Scottish Leaving Certificate Examination, 1961
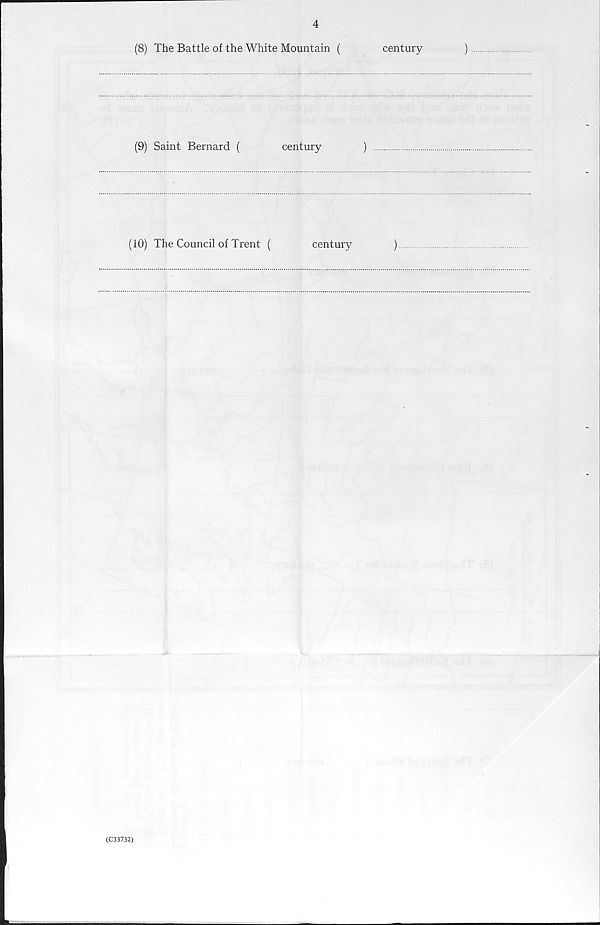
4
(8) The Battle of the White Mountain (
century
)
(9) Saint Bernard (
century
)
(10) The Council of Trent (
century
)
(C33732)